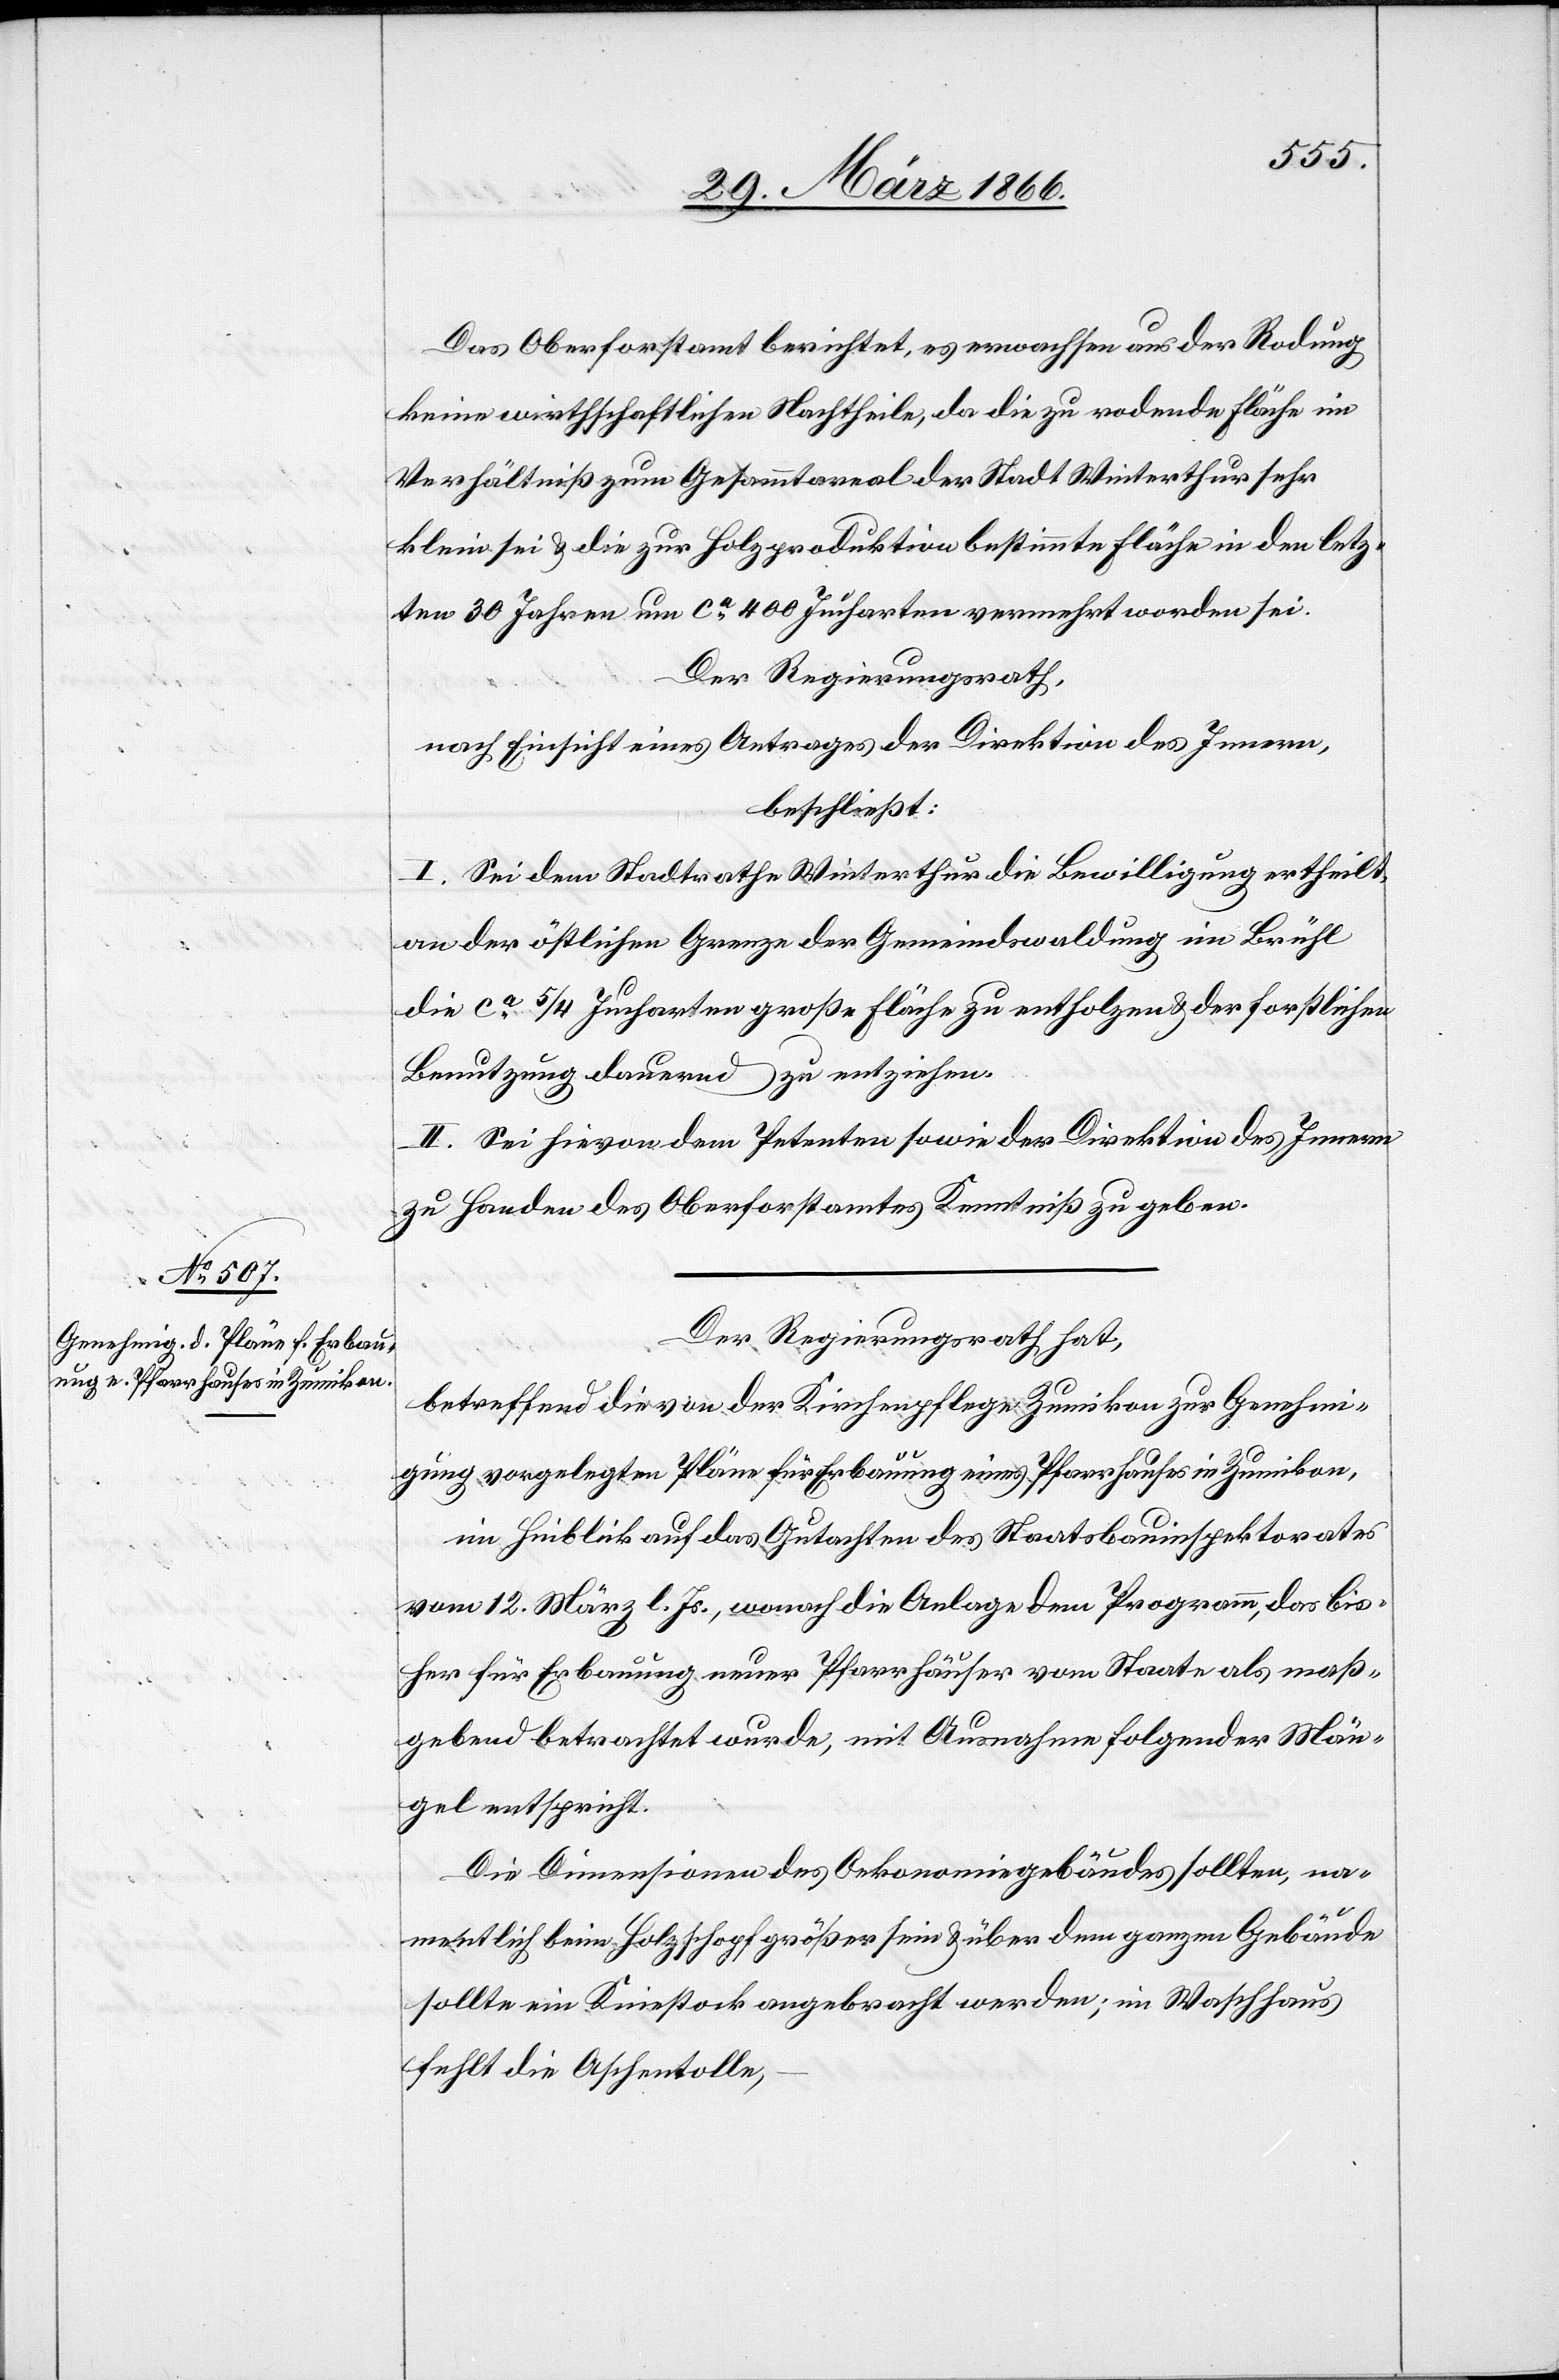
Das Oberforstamt berichtet, es erwachsen aus der Rodung
keine wirthschaftlichen Nachtheile, da die zu rodende Fläche im
Verhältniß zum Gesammtareal der Stadt Winterthur sehr
klein sei u. die zur Holzproduktion bestimmte Fläche in den letz¬
ten 30 Jahren um ca. 400 Jucharten vermehrt worden sei.
Der Regierungsrath,
nach Einsicht eines Antrages der Direktion des Innern,
beschließt:
I. Sei dem Stadtrathe Winterthur die Bewilligung ertheilt,
an der östlichen Grenze der Gemeindwaldung im Brühl
die ca. 5/4 Jucharten große Fläche zu entholzen u. der forstlichen
Benutzung dauernd zu entziehen.
II. Sei hievon dem Petenten sowie der Direktion des Innern
zu Handen des Oberforstamtes Kenntniß zu geben.
Der Regierungsrath hat,
betreffend die von der Kirchenpflege Zumikon zur Genehmi¬
gung vorgelegten Pläne für Erbauung eines Pfarrhauses in Zumikon,
in Hinblick auf das Gutachten des Staatsbauinspektorates
vom 12. März l. Js., wonach die Anlage dem Programm, das bis¬
her für Erbauung neuer Pfarrhäuser vom Staate als maß¬
gebend betrachtet wurde, mit Ausnahme folgender Män¬
gel entspricht.
Die Dimensionen des Oekonomiegebäudes sollten, na¬
mentlich beim Holzschopf größer sein u. über dem ganzen Gebäude
sollte ein Kniestock angebracht werden; im Waschhaus
fehlt die Aschenstolle,